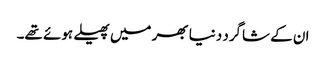
ان کے شاگرد دنیا بھر میں پھیلے ہوئے تھے۔